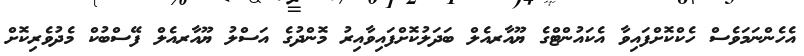
އެހެންނަމަވެސް ހެކްކޮށްފައިވާ އެކައުންޓްގެ ޔޫއާރއެލް ބަދަލުކޮށްފައިވާއިރު މޮންދުގެ އަސްލު ޔޫއާރއެލް ފޭސްބުކް މެދުވެރިކޮށް